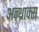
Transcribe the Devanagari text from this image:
अन्थ्राक्स